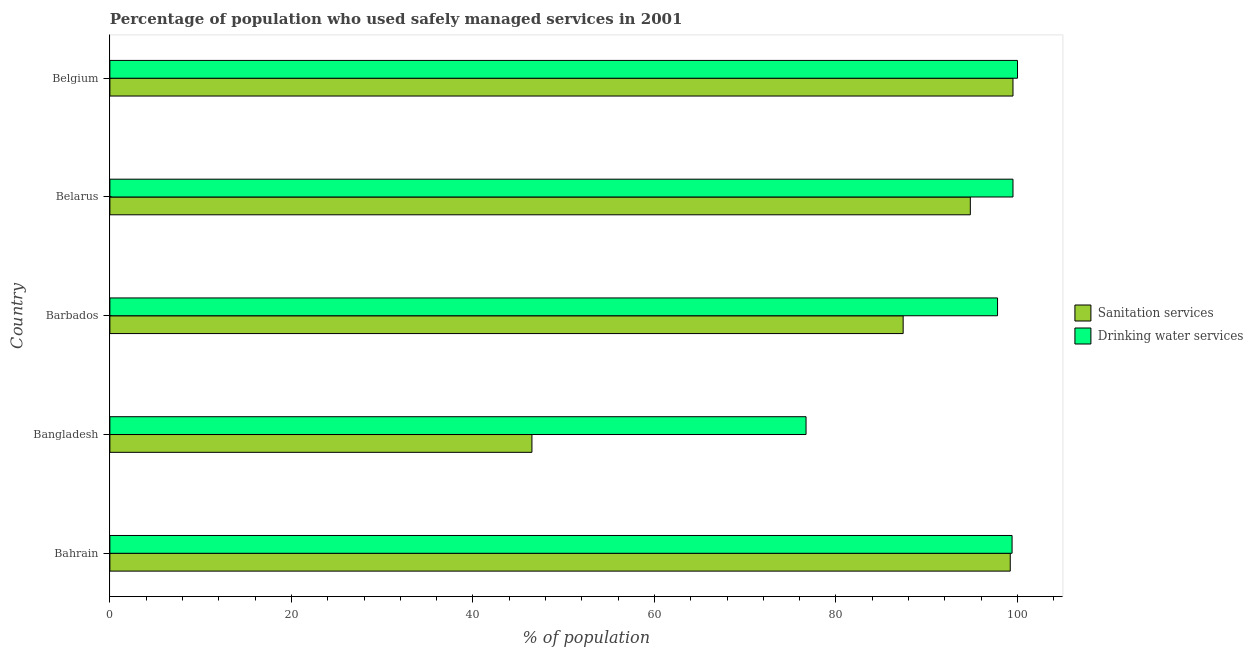
| Country | Sanitation services | Drinking water services |
 | --- | --- | --- |
 | Bahrain | 99.2 | 99.4 |
 | Bangladesh | 46.5 | 76.7 |
 | Barbados | 87.4 | 97.8 |
 | Belarus | 94.8 | 99.5 |
 | Belgium | 99.5 | 100 |